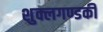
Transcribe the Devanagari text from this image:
शुक्लगण्डकी